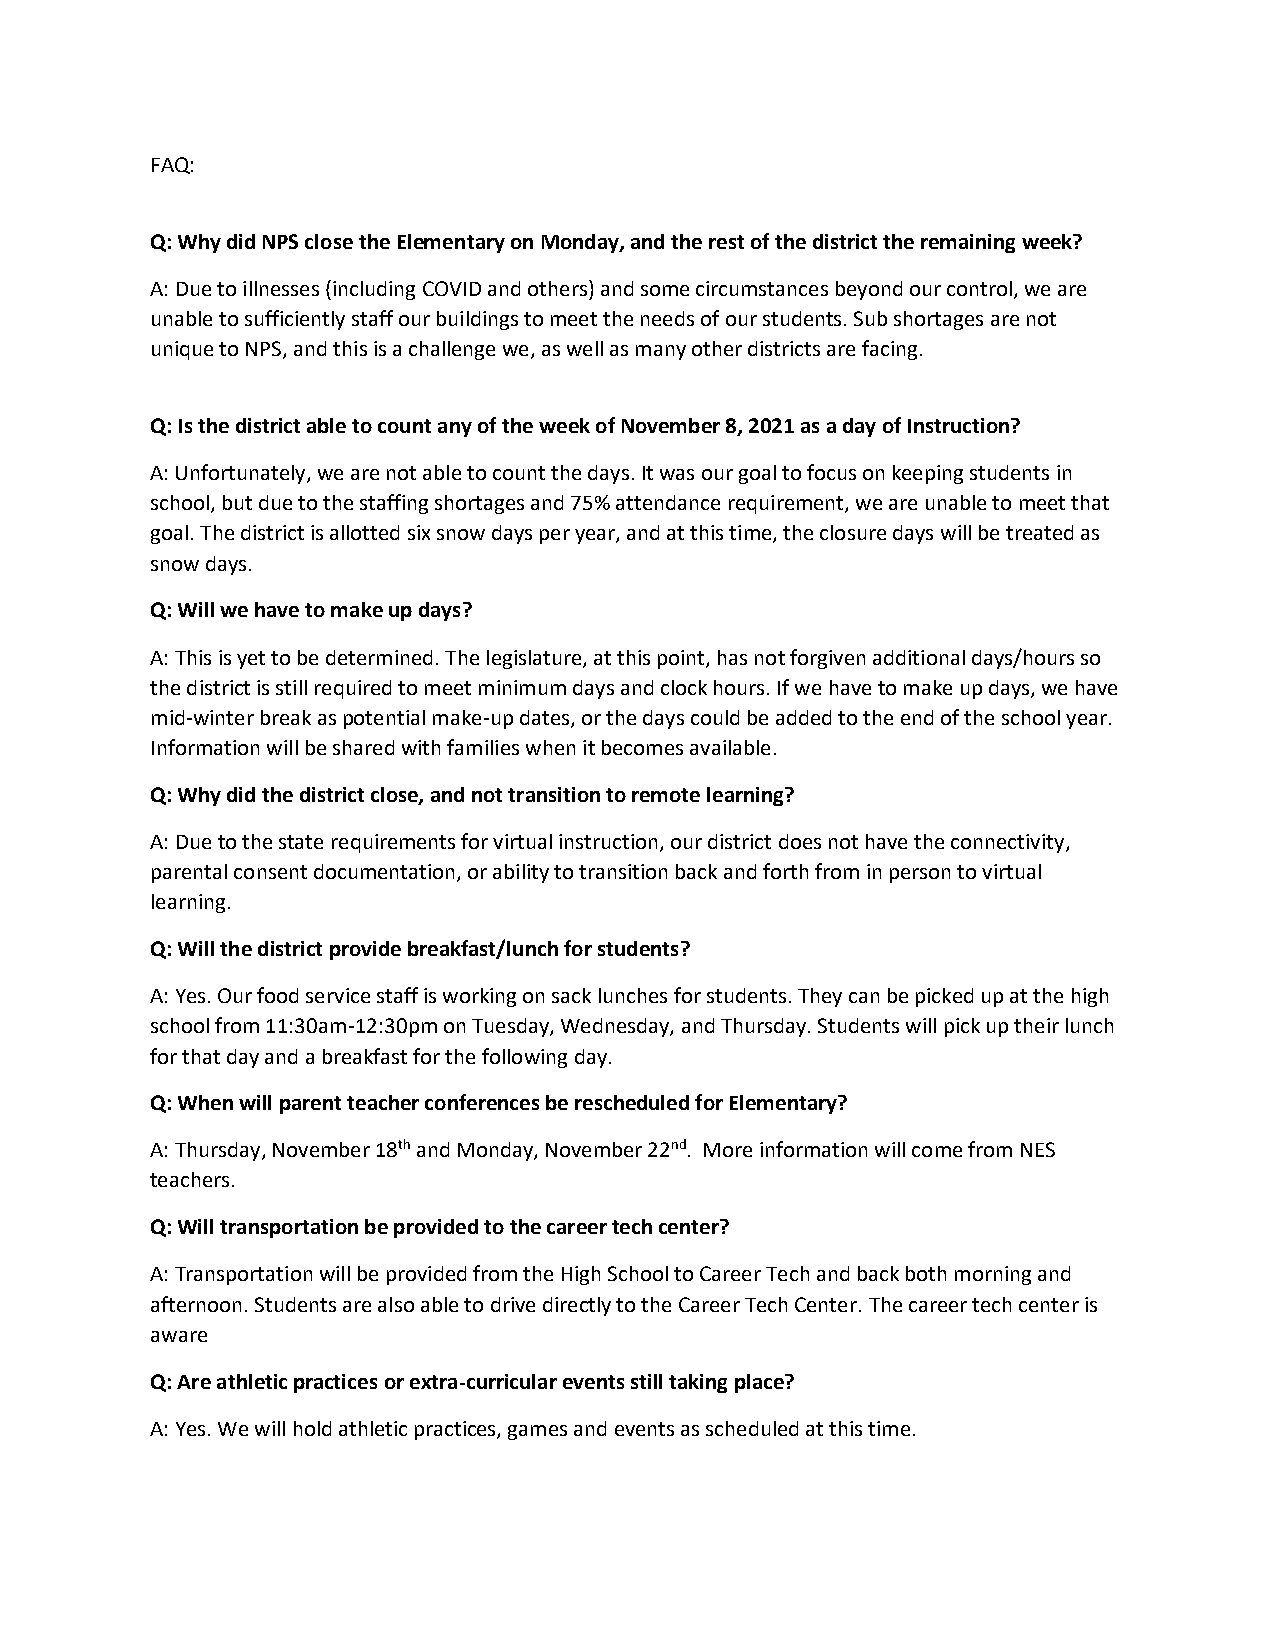
FAQ:
 Q: Why did NPS close the Elementary on Monday, and the rest of the district the remaining week?
 A: Due to illnesses (including COVID and others) and some circumstances beyond our control, we are
 unable to sufficiently staff our buildings to meet the needs of our students. Sub shortages are not
 unique to NPS, and this is a challenge we, as well as many other districts are facing.
 Q: Is the district able to count any of the week of November 8, 2021 as a day of Instruction?
 A: Unfortunately, we are not able to count the days. It was our goal to focus on keeping students in
 school, but due to the staffing shortages and 75% attendance requirement, we are unable to meet that
 goal. The district is allotted six snow days per year, and at this time, the closure days will be treated as
 snow days.
 Q: Will we have to make up days?
 A: This is yet to be determined. The legislature, at this point, has not forgiven additional days/hours so
 the district is still required to meet minimum days and clock hours. If we have to make up days, we have
 mid-winter break as potential make-up dates, or the days could be added to the end of the school year.
 Information will be shared with families when it becomes available.
 Q: Why did the district close, and not transition to remote learning?
 A: Due to the state requirements for virtual instruction, our district does not have the connectivity,
 parental consent documentation, or ability to transition back and forth from in person to virtual
 learning.
 Q: Will the district provide breakfast/lunch for students?
 A: Yes. Our food service staff is working on sack lunches for students. They can be picked up at the high
 school from 11:30am-12:30pm on Tuesday, Wednesday, and Thursday. Students will pick up their lunch
 for that day and a breakfast for the following day.
 Q: When will parent teacher conferences be rescheduled for Elementary?
 A: Thursday, November 18th and Monday, November 22nd. More information will come from NES
 teachers.
 Q: Will transportation be provided to the career tech center?
 A: Transportation will be provided from the High School to Career Tech and back both morning and
 afternoon. Students are also able to drive directly to the Career Tech Center. The career tech center is
 aware
 Q: Are athletic practices or extra-curricular events still taking place?
 A: Yes. We will hold athletic practices, games and events as scheduled at this time.